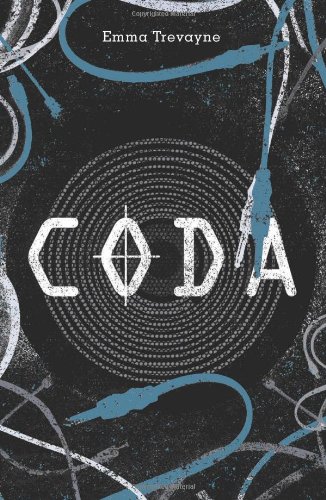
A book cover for Coda; Emma Trevayne; Teen & Young Adult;